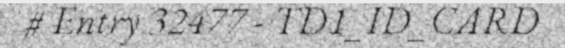
# Entry 32477 - TD1_ID_CARD